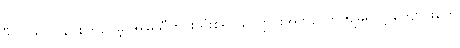
ဒီလို သင်ပြပေးကြပေမဲ့ အမြဲသီတင်းသုံးစရာ ကျောင်းအတည်တကျမရှိလို့ ကျောင်းတွေ